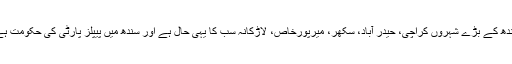
سندھ کے بڑے شہروں کراچی، حیدر آباد، سکھر، میرپورخاص، لاڑکانہ سب کا یہی حال ہے اور سندھ میں پیپلز پارٹی کی حکومت ہے۔